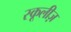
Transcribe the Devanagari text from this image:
स्कूलीज़